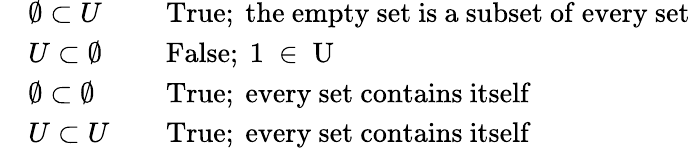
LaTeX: \begin{array}{rlrl}&{\emptyset\subset U}&&{\mathrm{True;~the~empty~set~is~a~subset~of~every~set}}\\ &{U\subset\emptyset}&&{\mathrm{False;~1~\in~U~}}\\ &{\emptyset\subset\emptyset}&&{\mathrm{True;~every~set~contains~itself}}\\ &{U\subset U}&&{\mathrm{True;~every~set~contains~itself}}\end{array}